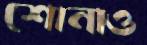
শোনাও